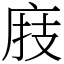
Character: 庪